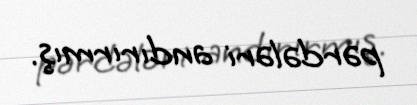
pərdələri andırırmış.